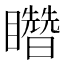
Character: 𥌳